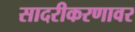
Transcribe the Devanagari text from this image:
सादरीकरणावर